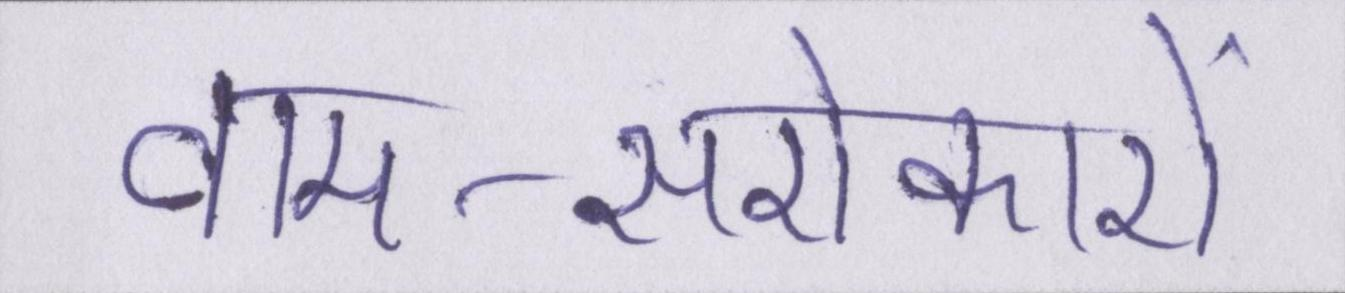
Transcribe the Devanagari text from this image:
वाम-सरोकारों